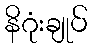
နိဂုံးချုပ်